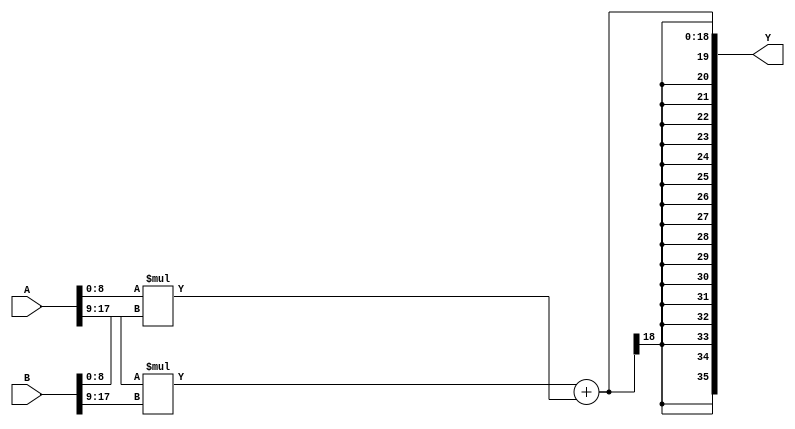
(* techmap_celltype = "$mul $__mul $__MULT9X9" *)
module MULT_9x9(
        input [17:0] A,
        input [17:0] B,
        output [35:0] Y
 );
parameter A_w = 0;
parameter B_w = 0;
parameter A_SIGNED = 0;
parameter B_SIGNED = 0;
parameter A_WIDTH = 1;
parameter B_WIDTH = 1;
parameter Y_WIDTH = 1;
wire signed [17:0] C_0;
wire signed [17:0] C_1;

wire signed [8:0] A_0 = A[8:0];
wire signed [8:0] B_0 = B[8:0];
wire signed [8:0] A_1 = A[17:9];
wire signed [8:0] B_1 = B[17:9];

assign C_0 = A_0 * B_0;
assign C_1 = A_1 * B_1;
/*
assign C_0 = A[8:0] * B[8:0];
assign C_1 = A[17:9] * B[17:9];
assign C_2 = A[26:18] * B[26:18];
assign C_3 = A[35:27] * B[35:27];
assign C_4 = A[44:36] * B[44:36];
assign C_5 = A[53:45] * B[53:45];
*/
/* bitwidth:45,$add:3?? error
wire [44:0] C_0_shifted = {{18{1'b0}}, {C_0}, {9{1'b0}}};
wire [44:0] C_1_shifted = {{18{1'b0}}, {C_1}, {9{1'b0}}};
wire [44:0] C_2_shifted = {{18{1'b0}}, {C_2}, {9{1'b0}}};
wire [44:0] C_3_shifted = {{C_3}, {27{1'b0}}};
wire [44:0] C_4_shifted = {{C_4}, {27{1'b0}}};
wire [44:0] C_5_shifted = {{C_5}, {27{1'b0}}};

assign P = C_5_shifted + C_4_shifted + C_3_shifted + C_2_shifted + C_1_shifted + C_0_shifted;
*/
/* no $shl
wire [26:0] C_0_shifted = {{C_0}, {9{1'b0}}};
wire [26:0] C_1_shifted = {{C_1}, {9{1'b0}}};
wire [26:0] C_2_shifted = {{C_2}, {9{1'b0}}};
wire [44:0] C_3_shifted = {{C_3}, {27{1'b0}}};
wire [44:0] C_4_shifted = {{C_4}, {27{1'b0}}};
wire [44:0] C_5_shifted = {{C_5}, {27{1'b0}}};

assign P = {{(C_5_shifted + C_4_shifted + C_3_shifted)},{(C_2_shifted + C_1_shifted + C_0_shifted)}};
*/
/*
wire [26:0] C_0_shifted =  C_0 << 9;
wire [26:0] C_1_shifted =  C_1 << 9;
wire [26:0] C_2_shifted =  C_2 << 9;
wire [44:0] C_3_shifted =  C_3 << 27;
wire [44:0] C_4_shifted =  C_4 << 27;
wire [44:0] C_5_shifted =  C_5 << 27;

assign P = {{(C_5_shifted + C_4_shifted + C_3_shifted)},{(C_2_shifted + C_1_shifted + C_0_shifted)}};*/

//assign Y = {(C_5 + C_4 + C_3),(C_2 + C_1 + C_0)};

//assign Y[44:24] = 0;
assign Y = C_1 + C_0;

// assign  Y = {(C_5 + C_4 + C_3),{6{0}},(C_2 + C_1 + C_0)};

endmodule